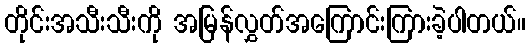
တိုင်းအသီးသီးကို အမြန်လွှတ်အကြောင်းကြားခဲ့ပါတယ်။